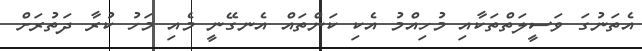
އެތަނުގަ ވަސީލަތްތަކާއި މުހިއްމު އެކި ކަންތައް އެނގޭނީ މެއި މަހު ކުރާ ދަތުރަށް